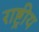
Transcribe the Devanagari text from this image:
राष्ट्रीय